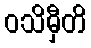
ဝသိမှီတိ